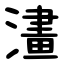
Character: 澅